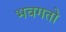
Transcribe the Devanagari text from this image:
भवगतो